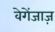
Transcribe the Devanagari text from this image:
वेगेंजाज़